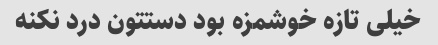
خیلی تازه خوشمزه بود دستتون درد نکنه